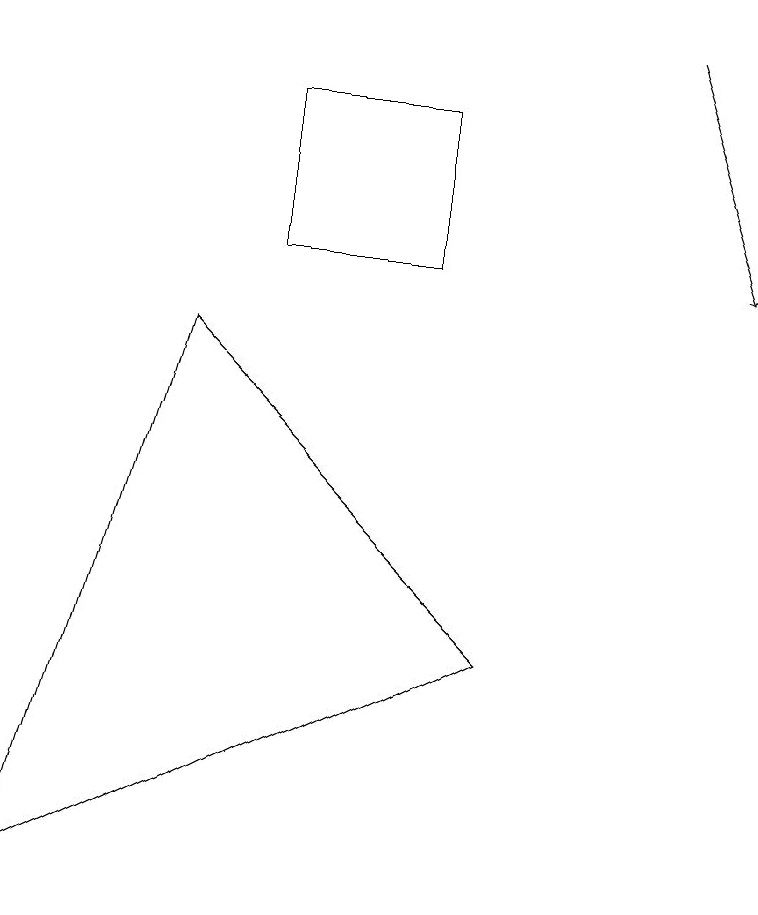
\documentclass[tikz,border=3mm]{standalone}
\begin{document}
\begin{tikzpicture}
\draw (0,2) -- (6,5) -- (2,9) -- cycle;
\draw[->] (8,13) -- (9,10);
\draw (3,12) rectangle (5,10);
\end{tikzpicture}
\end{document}